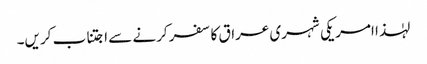
لہٰذا امریکی شہری عراق کا سفر کرنے سے اجتناب کریں۔